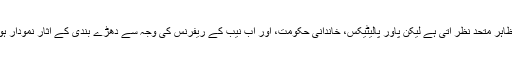
نُون لیگ بظاہر متحد نظر آتی ہے لیکن پاور پالیٹیکس، خاندانی حکومت، اور اب نیب کے ریفرنس کی وجہ سے دھڑے بندی کے آثار نمودار ہو رہے ہیں۔